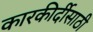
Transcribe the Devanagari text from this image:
कारकीर्दीसाठी